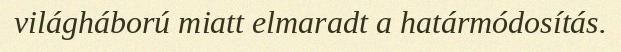
világháború miatt elmaradt a határmódosítás.